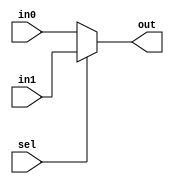

module Mux2to1_32bit (in0, in1, sel, out);
    input [31:0] in0, in1;
    input sel;
    output [31:0] out;
    reg [31:0] out;
    always @(in0, in1, sel) begin
        if (sel == 0) begin
            out <= in0;
        end else begin
            out <= in1;
        end
    end
endmodule

module Mux2to1_5bit (in0, in1, sel, out);
    input [4:0] in0, in1;
    input sel;
    output [4:0] out;
    reg [4:0] out;
    always @(in0, in1, sel) begin
        if (sel == 0) begin
            out <= in0;
        end else begin
            out <= in1;
        end
    end
endmodule

module Mux2to1_1bit (in0, in1, sel, out);
    input in0, in1;
    input sel;
    output out;
    reg out;
    always @(in0, in1, sel) begin
        if (sel == 0) begin
            out <= in0;
        end else begin
            out <= in1;
        end
    end
endmodule

module Mux3to1_32bit (in0, in1, in2, sel, out);
    input [31:0] in0, in1, in2;
    input [1:0] sel;
    output [31:0] out;
    reg [31:0] out;
    always @(in0, in1, in2, sel) begin
        case (sel)
            0: begin
                out <= in0;
            end
            1: begin
                out <= in1;
            end
            2: begin
                out <= in2;
            end
        endcase
    end
endmodule

module Mux4to1_32bit (in0, in1, in2, in3, sel, out);
    input [31:0] in0, in1, in2, in3;
    input [1:0] sel;
    output [31:0] out;
    reg [31:0] out;
    always @(in0, in1, in2, in3, sel) begin
        case (sel)
            0: begin
                out <= in0;
            end
            1: begin
                out <= in1;
            end
            2: begin
                out <= in2;
            end
            3: begin
                out <= in3;
            end
        endcase
    end
endmodule